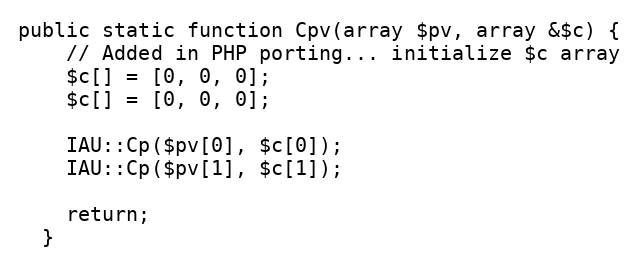
Language: PHP
public static function Cpv(array $pv, array &$c) {
    // Added in PHP porting... initialize $c array
    $c[] = [0, 0, 0];
    $c[] = [0, 0, 0];

    IAU::Cp($pv[0], $c[0]);
    IAU::Cp($pv[1], $c[1]);

    return;
  }